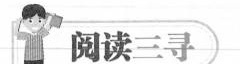
阅读三寻